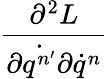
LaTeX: \frac{\partial^{2}L}{\partial\dot{q^{n^{\prime}}}\partial\dot{q}^{n}}